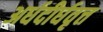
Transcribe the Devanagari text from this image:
अर्धदीर्घवृत्त